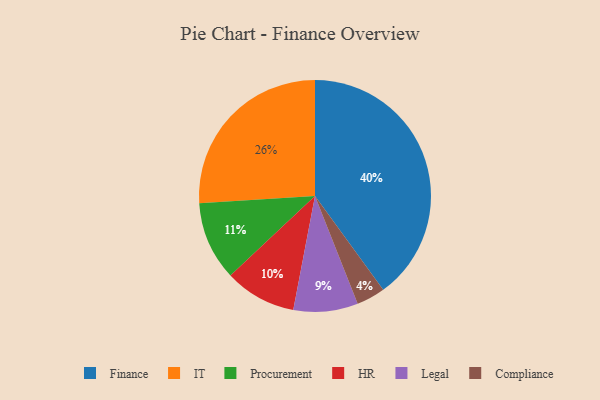
{"axis": {"x": "Category", "y": "Percentage"}, "legend": ["Compliance", "Finance", "HR", "IT", "Legal", "Procurement"], "data": [{"x": "HR", "y": 10, "type": "HR"}, {"x": "Procurement", "y": 11, "type": "Procurement"}, {"x": "IT", "y": 26, "type": "IT"}, {"x": "Compliance", "y": 4, "type": "Compliance"}, {"x": "Legal", "y": 9, "type": "Legal"}, {"x": "Finance", "y": 40, "type": "Finance"}]}